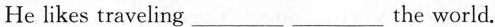
He likes traveling \underline the world.